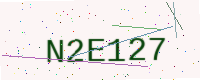
Text: N2E127